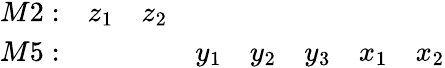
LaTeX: \begin{array}{rccccccc}{{{M2}:}}&{{z_{1}}}&{{z_{2}}}&{{}}&{{}}&{{}}&{{}}&{{}}\\ {{{M5}:}}&{{}}&{{}}&{{y_{1}}}&{{y_{2}}}&{{y_{3}}}&{{x_{1}}}&{{x_{2}}}\end{array}